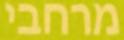
מרחבי